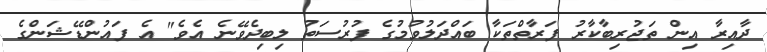
ދާއިރާ އިން ތަޖުރިބާކާރު ފަރާތްތަކާ ބައްދަލުވުމުގެ ފުރުސަތު ލިބިދެވޭނެ އެވެ" އެ ފައުންޑޭޝަންގެ